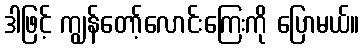
ဒါဖြင့် ကျွန်တော့်လောင်းကြေးကို ပြောမယ်။